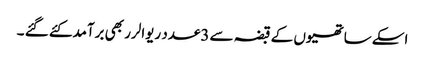
اسکے ساتھیوں کے قبضہ سے 3عدد ریوالرر بھی برآمدکئے گئے ۔